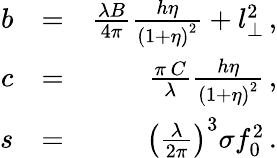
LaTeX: \begin{array}{rlr}{b}&{=}&{\frac{\lambda B}{4\pi}\frac{h\eta}{\left(1+\eta\right)^{2}}+l_{\perp}^{2}\, ,}\\ {c}&{=}&{\frac{\pi\, C}{\lambda}\frac{h\eta}{\left(1+\eta\right)^{2}}\, ,}\\ {s}&{=}&{\left(\frac{\lambda}{2\pi}\right)^{3}\sigma f_{0}^{2}\, .}\end{array}